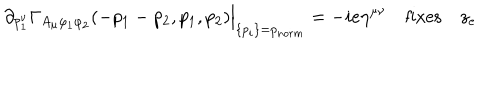
LaTeX: \partial _ { p _ { 1 } ^ { \nu } } \Gamma _ { A _ { \mu } \varphi _ { 1 } \varphi _ { 2 } } ( - p _ { 1 } - p _ { 2 } , p _ { 1 } , p _ { 2 } ) \Big | _ { \{ p _ { i } \} = p _ { n o r m } } = - i e \eta ^ { \mu \nu } \quad \mathrm { f i x e s } \quad z _ { e }